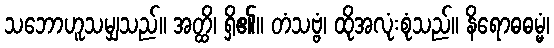
သဘောဟူသမျှသည်။ အတ္ထိ၊ ရှိ၏။ တံသဗ္ဗံ၊ ထိုအလုံးစုံသည်။ နိရောဓဓမ္မံ၊